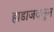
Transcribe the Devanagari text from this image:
हाडाजवळून